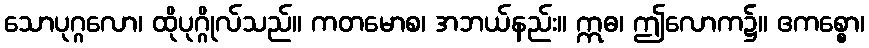
သောပုဂ္ဂလော၊ ထိုပုဂ္ဂိုလ်သည်။ ကတမောစ၊ အဘယ်နည်း။ ဣဓ၊ ဤလောက၌။ ဧကစ္စော၊